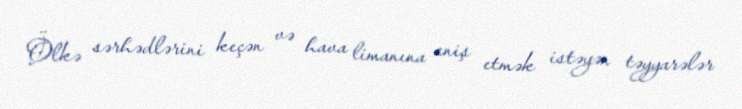
Ölkə sərhədlərini keçən və hava limanına eniş etmək istəyən təyyarələr